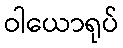
ဝါယောရုပ်